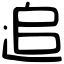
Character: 追